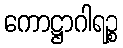
ကောဋ္ဌာဂါရဉ္စ